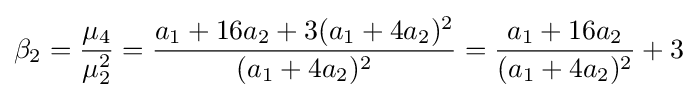
\beta _{2}={\frac {\mu _{4}}{\mu _{2}^{2}}}={\frac {a_{1}+16a_{2}+3(a_{1}+4a_{2})^{2}}{(a_{1}+4a_{2})^{2}}}={\frac {a_{1}+16a_{2}}{(a_{1}+4a_{2})^{2}}}+3